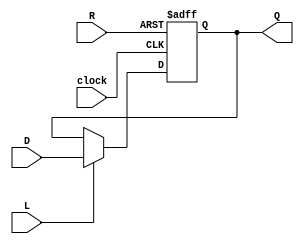
module RegisterNbit(Q, D, L, R, clock);
	parameter N = 8; // number of bits
	output reg [N-1:0]Q; // registered output
	input [N-1:0]D; // data input
	input L; // load enable
	input R; // positive logic asynchronous reset
	input clock; // positive edge clock
	
	always @(posedge clock or posedge R) begin
		if(R)
			Q <= 0;
		else if(L)
			Q <= D;
		else
			Q <= Q;
	end
endmodule